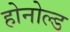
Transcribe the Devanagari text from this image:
होनोल्ड